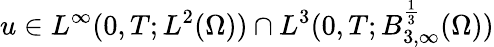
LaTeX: u\in L^{\infty}(0,T;L^{2}(\Omega))\cap L^{3}(0,T;B_{3,\infty}^{\frac{1}{3}}(\Omega))